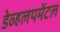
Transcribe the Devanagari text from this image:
डेव्हलपमेंटल